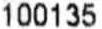
100135